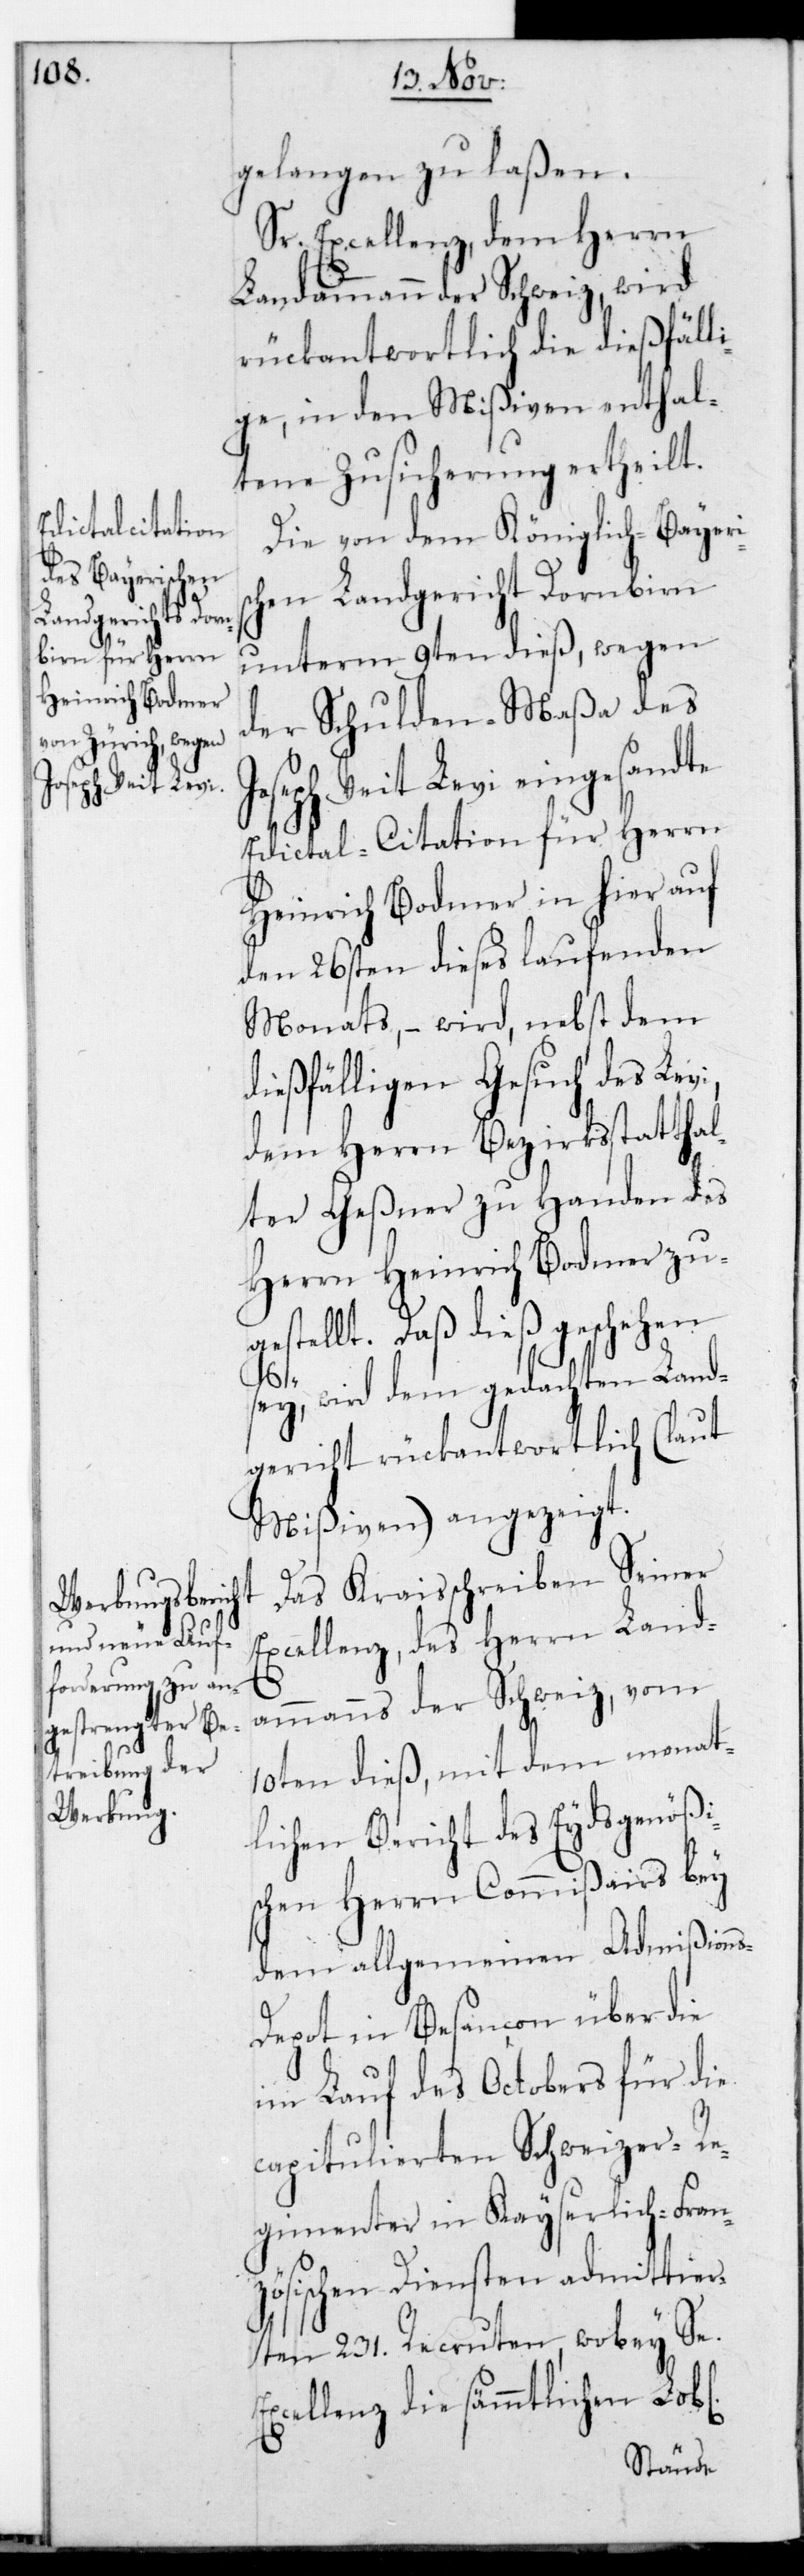
gelangen zu laßen.
Sr. Excellenz, dem Herrn
Landammann der Schweiz, wird
rückantwortlich die dießfäll¬
ige, in den Mißiven enthal¬
tene Zusicherung ertheilt.
Die von dem Königlich-Bayer¬
chen Landgericht Dornbirn
unterm 9ten dieß, wegen
der Schulden-Maßa des
seph Veit Levi eingesandte
Edictal-Citation für Herrn
Heinrich Bodmer in hier auf
den 26sten dieses laufenden
Monats, – wird nebst dem
dießfälligen Gesuch des Lev¬
dem Herrn Bezirksstatthal¬
ter Geßner zu Handen des
Herrn Heinrich Bodmer zu¬
gestellt. Daß dieß geschehen
s-D¬
sey, wird dem gedachten Land¬
gericht rückantwortlich (laut
Mißiven) angezeigt.
Das Kraisschreiben Seiner
Excellenz, des Herrn Land¬
i,
ammanns der Schweiz, vom
10ten dieß, mit dem monat¬
lichen Bericht des Eydsgenößi¬
schen Herrn Commißairs bey
dem allgemeinen Admißion¬
epot in Besançon über die
im Lauf des Octobers für die
capitulierten Schweizer-Re¬
gimenter in Kayserlich-Fran¬
zösischen Diensten admittier¬
ten 231. Recruten, wobey Se.
Excellenz die sämmtlichen Lobl.